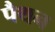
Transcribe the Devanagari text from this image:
पैथन